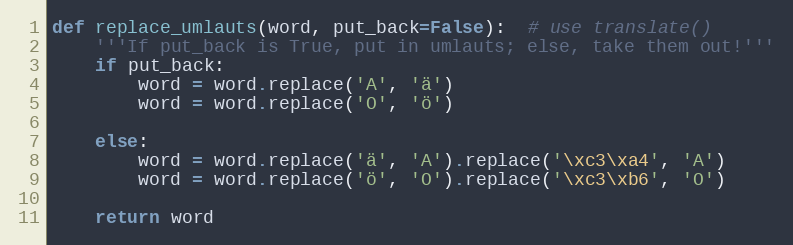
Language: Python
def replace_umlauts(word, put_back=False):  # use translate()
    '''If put_back is True, put in umlauts; else, take them out!'''
    if put_back:
        word = word.replace('A', 'ä')
        word = word.replace('O', 'ö')

    else:
        word = word.replace('ä', 'A').replace('\xc3\xa4', 'A')
        word = word.replace('ö', 'O').replace('\xc3\xb6', 'O')

    return word